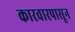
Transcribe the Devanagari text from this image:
कारवारपासून